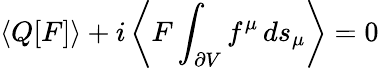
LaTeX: \langle Q[F]\rangle+i\left\langle F\int_{\partial V}f^{\mu}\, ds_{\mu}\right\rangle=0